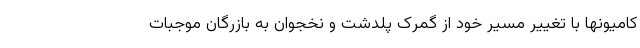
کامیونها با تغییر مسیر خود از گمرک پلدشت و نخجوان به بازرگان موجبات